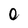
Character: 0